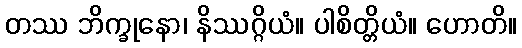
တဿ ဘိက္ခုနော၊ နိဿဂ္ဂိယံ။ ပါစိတ္တိယံ။ ဟောတိ။